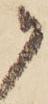
か